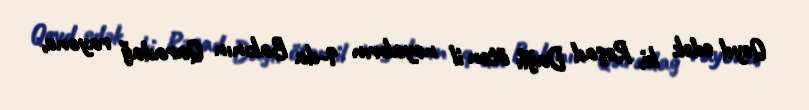
Qeyd edək ki, Rəşad Dağlı ötən il noyabrın 9-da Bakının Qaradağ rayonu,